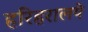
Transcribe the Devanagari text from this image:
हरिहरालये